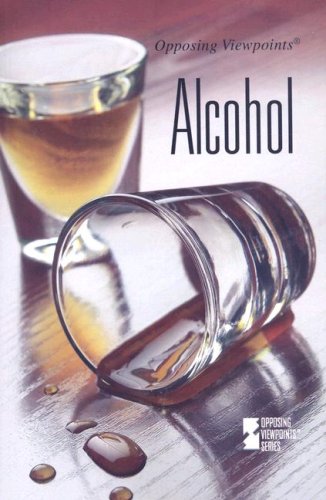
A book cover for Alcohol (Opposing Viewpoints); Andrea C. Nakaya; Teen & Young Adult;